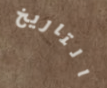
التاريخ